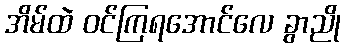
အိမ်ထဲ ဝင်ကြရအောင်လေ ခွာညို